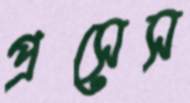
প্রসেস